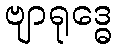
ဗျာရုဒ္ဓေ